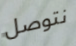
نتوصل